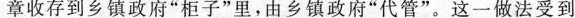
章收存到乡镇政府”柜子”里，由乡镇政府”代管”。这一做法受到